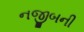
નજીબની